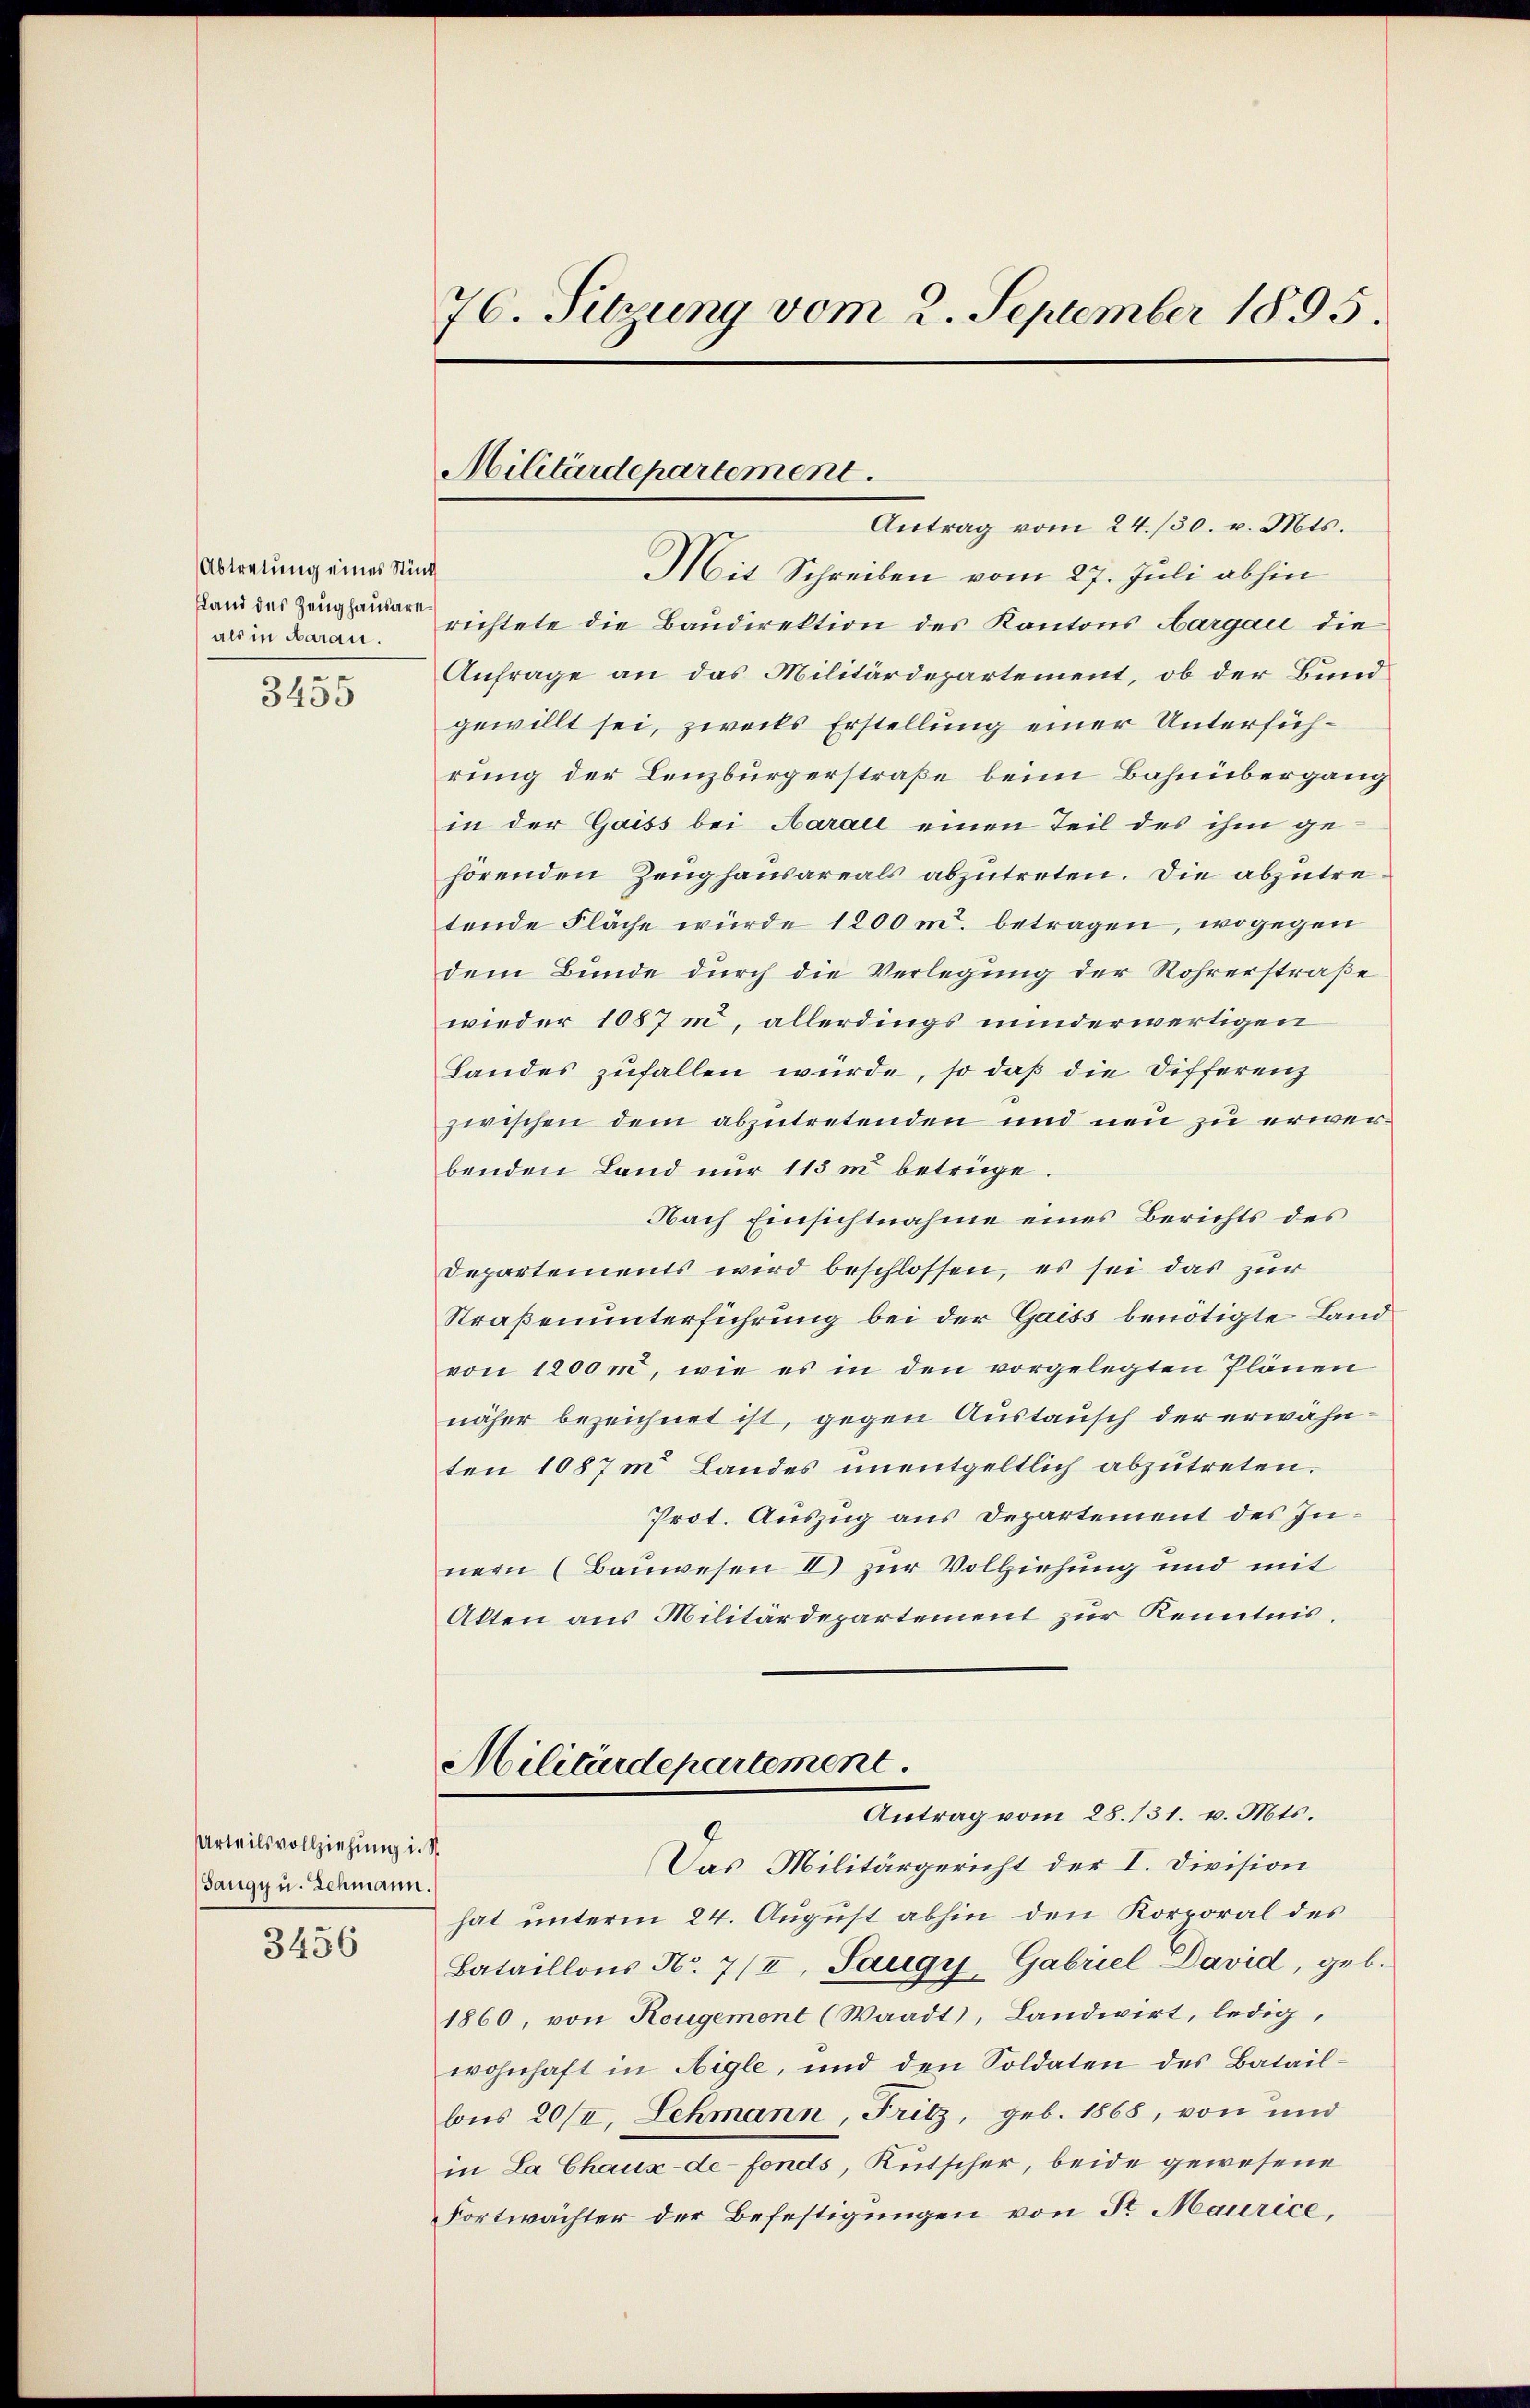
Abtretung eines Stück
sland des Zeughausare.
als in daran.
-
3435

Urteilsvollziehung i. St.
(Sangy u. Schmann.

3456

76. Sitzung vom 2. September 1895.

Militärdepartement

Antrag vom 24./30. v. Mts.
Mit Schreiben vom 27. Juli abhin
richtete die Baudirektion des Kantons Aargau die
Anfrage an das Militärdepartement, ob der Bundgewillt sei, zwecks Erstellung einer Unterführung der Lenzburgerstraße beim Bahnübergang
in der Gaiss bei Aarall einen Teil des ihm gehörenden Zeughausareals abzutreten. Die abzutretende Fläche würde 1200 m. betragen, wogegen
dem Bunde durch die Verlegung der Röhrerstraße
wieder 1087 m, allerdings minderwertigen
Landes zufallen wurde, so daß die Differenz
zwischen dem abzutretenden und neu zu erwerbenden Land nur 113 m betrüge
Nach Einsichtnahme eines Berichts des
Departements wird beschlossen, es sei das zur
Straßenunterführung bei der Gaiss benötigte Landvon 1200m, wie es in den vorgelegten Plänen
näher bezeichnet ist, gegen Austausch der erwähnten 1087 m Landes unentgeltlich abzŭtreten.
Prot. Auszug aus Departement des Innern (Bauwesen II zur Vollziehung und mit
Akten aus Militärdepartement zur Kenntnis.
Militärdepartement.
Antrag vom 28. 131. v. Mts.
Das Militärgericht der I. Division
hat unterm 24. August abhin den Korporal des
Bataillons No. 712, Saugy, Gabriel David, geb.
1860, von Rougemont (Waadt, Landwirt, ledig,
wohnhaft in Aigle, und den Soldaten des Batailbis 20/I, Lehmann, Fritz, geb. 1868, von und
in La Chaux-de-Fonds, Kutscher, beide gewesene
Fortwächter der Befestigungen von Sr Maurice,